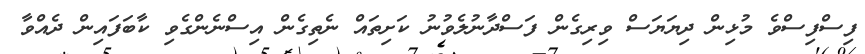
ފިސްފިސްވެ މުޅިން ދިޔަޔަސް ވިރިގެން ފަސްދާނުލެވުނު ކަށިތައް ނެތިގެން އިސްނެންގެވި ކާބަފައިން ދެއްވާ